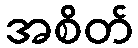
အစိတ်